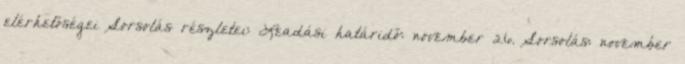
elérhetőségei Sorsolás részletei: Leadási határidő: november 26. Sorsolás: november